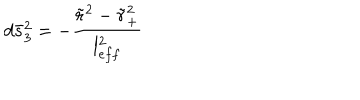
LaTeX: d \bar { s } _ { 3 } ^ { 2 } = - \frac { \tilde { r } ^ { 2 } - \tilde { r } _ { + } ^ { 2 } } { l _ { e f f } ^ { 2 } }